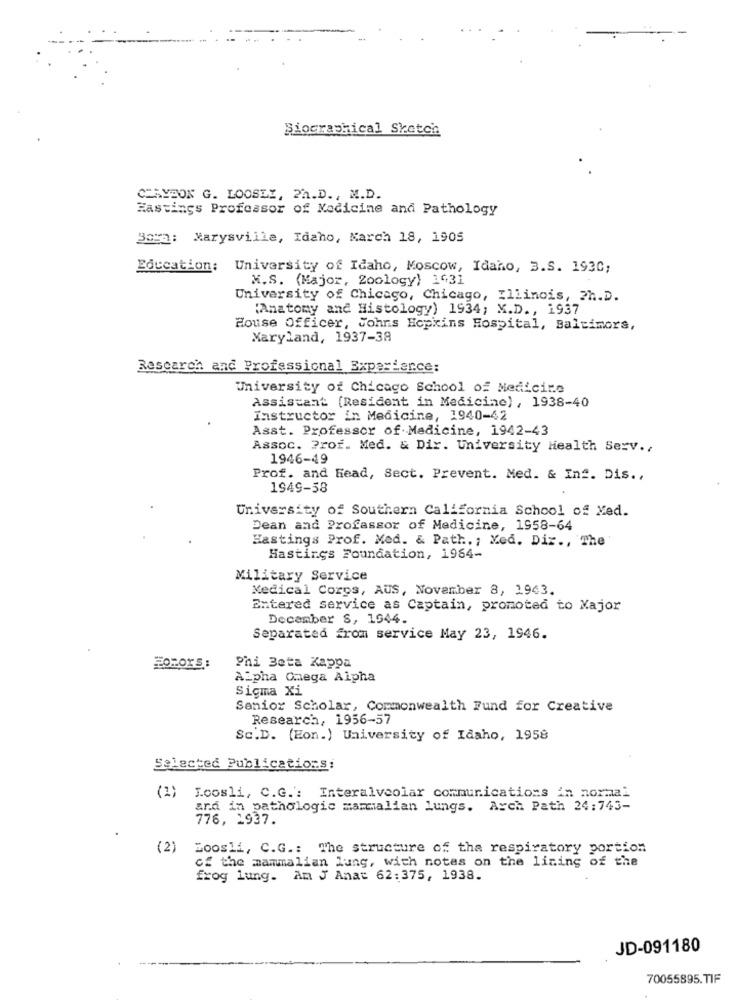
Biographical Sketch
CLAYBON G. LOOSEI, Ph.D ., M.D.
Hastings Professor of Medicine and Pathology
Bora: Marysville, Idaho, March 18, 1905
Education: University of Idaho, Moscow, Idaho, 3.S. 1930;
M.S. (Major, Zoology) 1431
University of Chicago, Chicago, Illinois, Ph.D.
(Anatomy and Histology) 1934; M.D ., 1937
House Officer, Johns Hopkins Hospital, Baltimore,
Maryland, 1937-38
Research and Professional Experience:
University of Chicago School of Medicine
Assistant (Resident in Medicine) , 1938-40
Instructor in Medicine, 1940-42
Asst. Professor of Medicine, 1942-43
Assoc. Prof. Med. & Dir. University Health Serv .,
1946-49
Prof. and Head, Sect. Prevent. Med. & Inf. Dis .,
1949-58
University of Southern California School of Med.
Dean and Professor of Medicine, 1958-64
Hastings Prof. Med. & Path. ; Med. Diz ., The
Hastings Foundation, 1964-
Military Service
Medical Corps, AUS, November 8, 1943.
Entered service as Captain, promoted to Major
December S, 1944.
Separated from service May 23, 1946.
BOY'S
Phi Beta Kappa
Alpha Omega Alpha
Sigma Xi
Senior Scholar, Commonwealth Fund for Creative
Research, 1956-57
Sc.D. (Eon.) University of Idaho, 1958
Selected Publicationsi
(1)
Loosli, C.G .: Interalveolar communications in normal
and in pathologic marcalian lungs. Arch Path 24:743-
776, 1937.
(2)
Zoosli, C.G .: The structure of tha respiratory portion
of the mammalian lung, with notes on the lining of the
frog lung. Am J Anat 62:375, 1938.
JD-091180
70055895.TIF